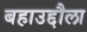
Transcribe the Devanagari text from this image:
बहाउद्दौला